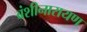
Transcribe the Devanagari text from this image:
बंशीनारायण